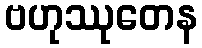
ဗဟုဿုတေန